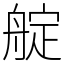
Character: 𦩘